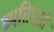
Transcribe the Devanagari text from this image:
व्यतिपाते